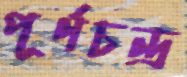
পূর্ণচন্দ্র